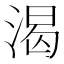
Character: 渴